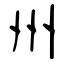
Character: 州